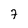
Character: 7